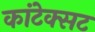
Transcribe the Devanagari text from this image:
कांटेक्सट